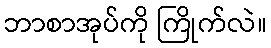
ဘာစာအုပ်ကို ကြိုက်လဲ။